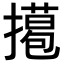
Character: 𢶭